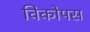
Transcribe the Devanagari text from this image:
विकोपस